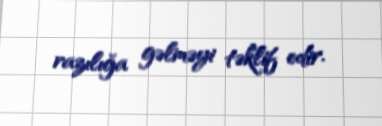
razılığa gəlməyi təklif edir.